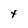
Character: t